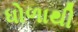
ધોળાથી